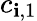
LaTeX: c_{\mathbf{i},1}